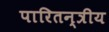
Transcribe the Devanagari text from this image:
पारितन्त्रीय